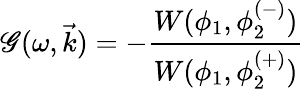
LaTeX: \mathscr{G}(\omega,\vec{{k}})=-\frac{{W(\phi_{1},\phi_{2}^{(-)})}}{{W(\phi_{1},\phi_{2}^{(+)})}}